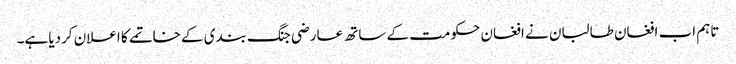
تاہم اب افغان طالبان نے افغان حکومت کے ساتھ عارضی جنگ بندی کے خاتمے کا اعلان کردیا ہے۔